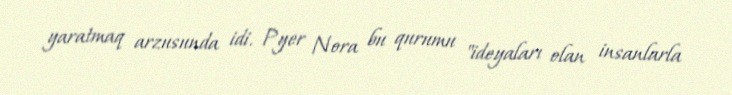
yaratmaq arzusunda idi. Pyer Nora bu qurumu "ideyaları olan insanlarla